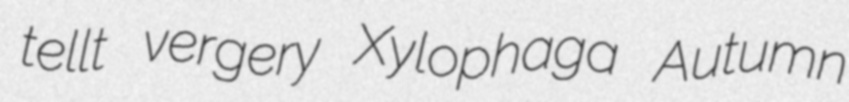
tellt vergery Xylophaga Autumn